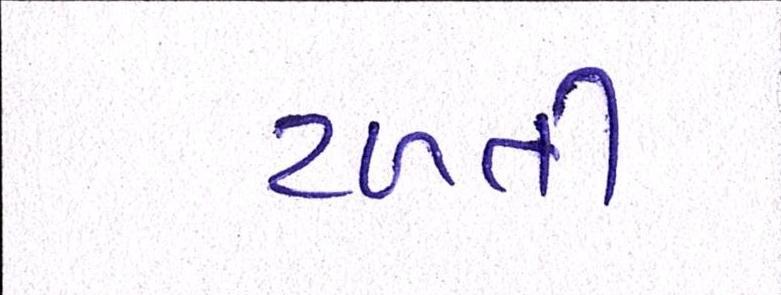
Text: ટળતી